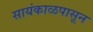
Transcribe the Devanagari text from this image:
सायंकाळपासून